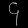
Digit: ၄